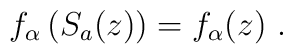
f_\alpha \left( S_a(z)\right) =f_\alpha (z)\ .